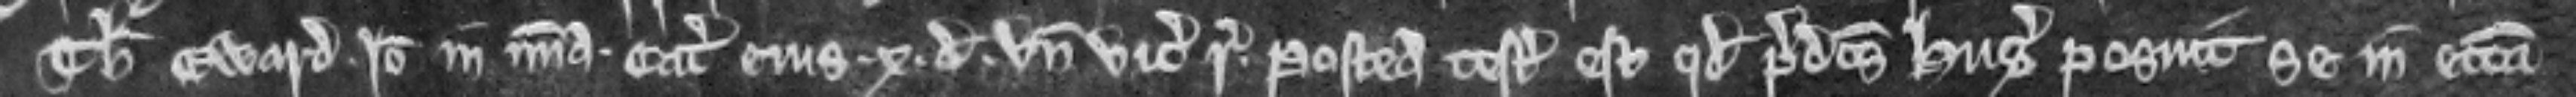
Thomam Eward. Ideo in misericordia. Catalla ejus .x. denarii. unde vicecomes respondeat. Postea testatum est quod predictus Hugo posuit se in ecclesiam